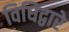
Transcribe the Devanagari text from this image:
विधिद्वारे